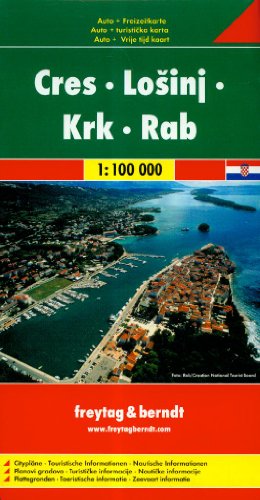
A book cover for Cres/Losinj/Krk/Rab, nautical information; Freytag-Berndt und Artaria; Travel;